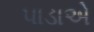
પાડાએ